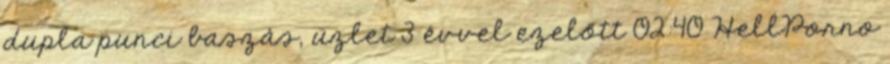
dupla punci baszás, üzlet 3 évvel ezelőtt 02:40 HellPorno